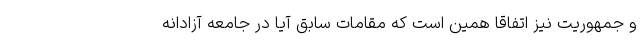
و جمهوریت نیز اتفاقا همین است که مقامات سابق آیا در جامعه آزادانه